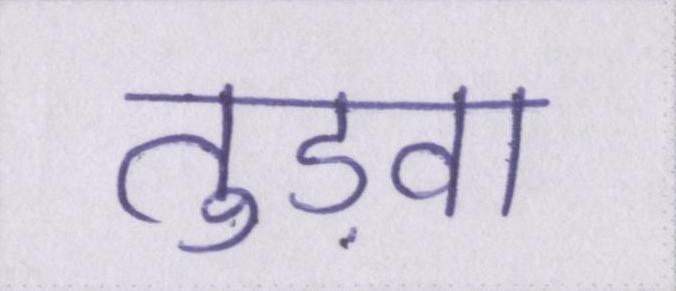
तुड़वा